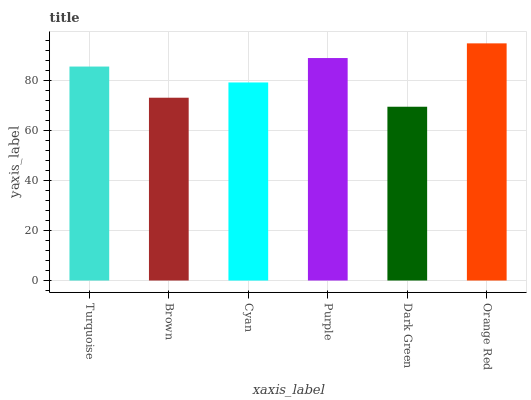
| xaxis_label | bars |
 | --- | --- |
 | Turquoise | 85.4 |
 | Brown | 73 |
 | Cyan | 79.1 |
 | Purple | 88.8 |
 | Dark Green | 69.4 |
 | Orange Red | 94.7 |